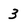
Character: 3